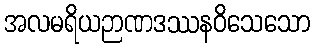
အလမရိယဉာဏဒဿနဝိသေသော